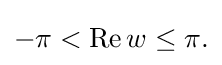
{\textstyle -\pi <\operatorname {Re} w\leq \pi .}